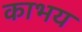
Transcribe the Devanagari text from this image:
काभय